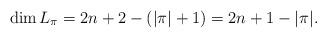
LaTeX: \begin{align*}\dim L_{\pi}=2n+2-(|\pi|+1)=2n+1-|\pi|.\end{align*}